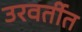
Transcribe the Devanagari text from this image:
उरवर्तीत